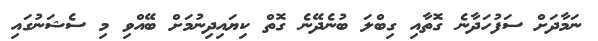
ނަމާދަށް ސަފުހަދާނެ ގޮތާއި ގިބްލަ ބުނެދޭނެ ގޮތް ކިޔައިދިނުމަށް ބޭއްވިި މި ސެޝަނުގައި